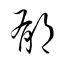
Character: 郁